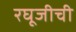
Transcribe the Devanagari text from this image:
रघूजीची